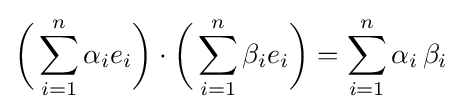
{\biggl (}\sum _{i=1}^{n}\alpha _{i}e_{i}{\biggr )}\cdot {\biggl (}\sum _{i=1}^{n}\beta _{i}e_{i}{\biggr )}=\sum _{i=1}^{n}\alpha _{i}\,\beta _{i}